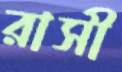
রাসী